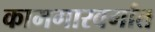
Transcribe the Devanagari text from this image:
कामगारवर्गात